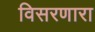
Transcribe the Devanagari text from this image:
विसरणारा